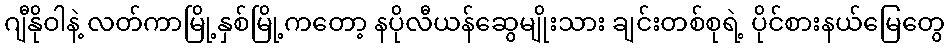
ဂျီနိုဝါနဲ့ လတ်ကာမြို့နှစ်မြို့ကတော့ နပိုလီယန်ဆွေမျိုးသား ချင်းတစ်စုရဲ့ ပိုင်စားနယ်မြေတွေ